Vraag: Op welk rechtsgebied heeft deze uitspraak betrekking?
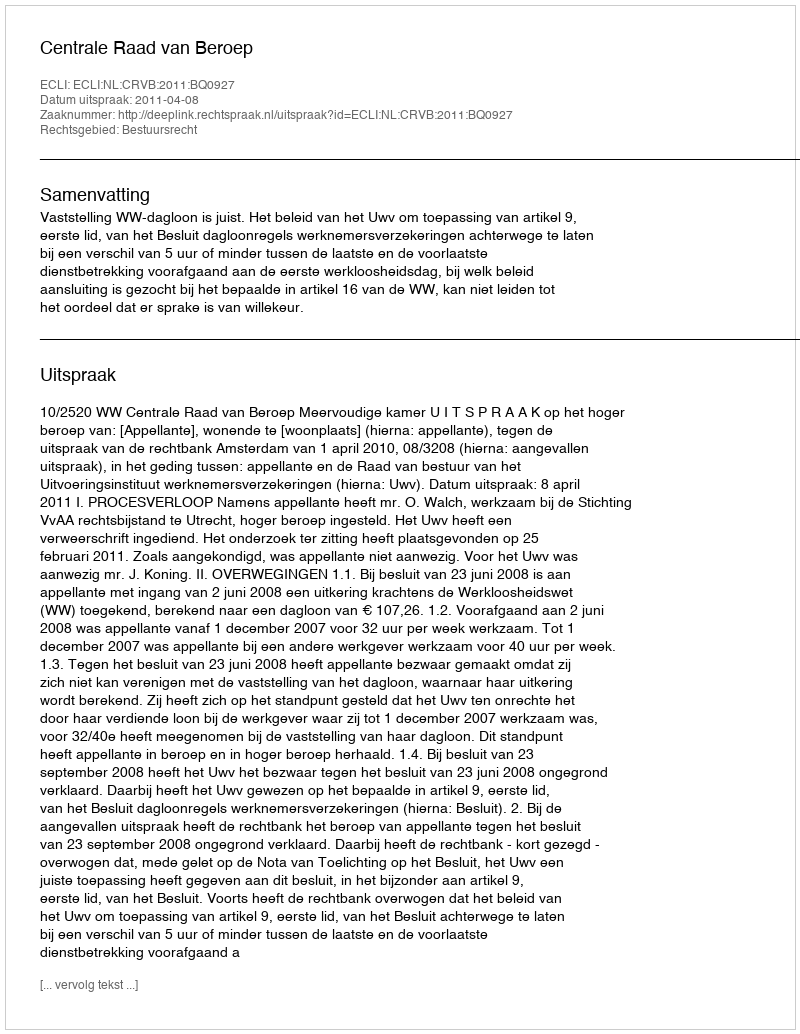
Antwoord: Bestuursrecht